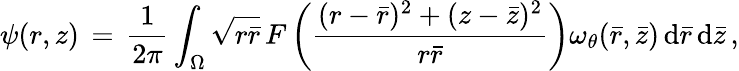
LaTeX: \psi(r,z)\, =\, \frac{1}{2\pi}\int_{\Omega}\sqrt{r\bar{r}}\, F\left(\frac{(r-\bar{r})^{2}+(z-\bar{z})^{2}}{r\bar{r}}\right)\omega_{\theta}(\bar{r},\bar{z})\, \mathrm{d}\bar{r}\, \mathrm{d}\bar{z}\, ,